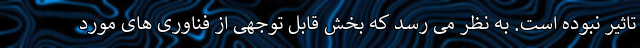
تاثیر نبوده است. به نظر می رسد که بخش قابل توجهی از فناوری های مورد